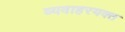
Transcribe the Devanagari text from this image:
व्यवाहरयक्त